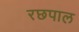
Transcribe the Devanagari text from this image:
रछपाल